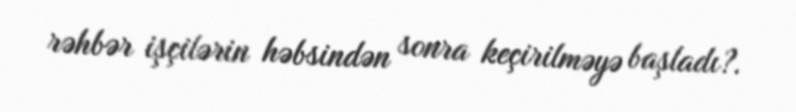
rəhbər işçilərin həbsindən sonra keçirilməyə başladı?.